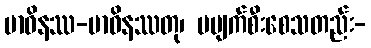
မာဝိနဿ-မာဝိနဿတု၊ မပျက်စီးစေသတည်း-